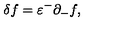
\delta f = \varepsilon ^ { - } \partial _ { - } f ,